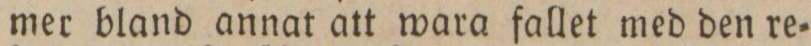
mer bland annat att wara fallet med den re=